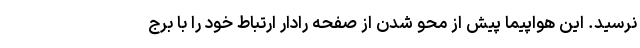
نرسید. این هواپیما پیش از محو شدن از صفحه رادار ارتباط خود را با برج